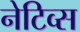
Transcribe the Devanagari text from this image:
नेटिव्स